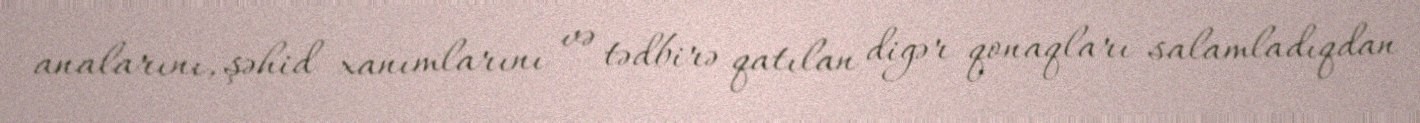
analarını, şəhid xanımlarını və tədbirə qatılan digər qonaqları salamladıqdan